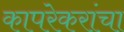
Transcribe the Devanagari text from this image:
कापरेकरांचा